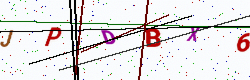
Text: JPDBX6